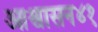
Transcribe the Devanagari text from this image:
आश्वासन४१